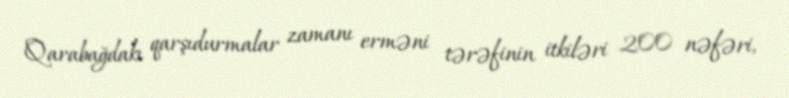
Qarabağdakı qarşıdurmalar zamanı erməni tərəfinin itkiləri 200 nəfəri,